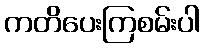
ကတိပေးကြစမ်းပါ